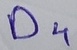
Text: D4